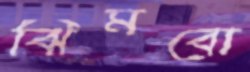
ঝিমবো